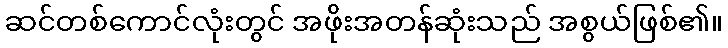
ဆင်တစ်ကောင်လုံးတွင် အဖိုးအတန်ဆုံးသည် အစွယ်ဖြစ်၏။